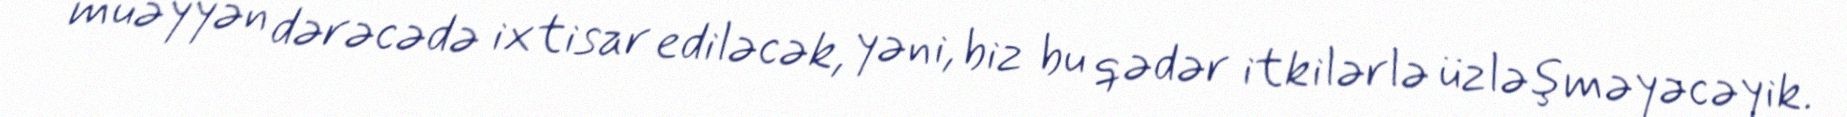
müəyyən dərəcədə ixtisar ediləcək, yəni, biz bu qədər itkilərlə üzləşməyəcəyik.